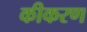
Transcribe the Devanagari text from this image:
कीकरण